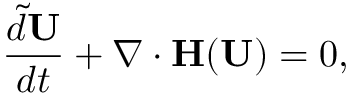
\frac { \tilde { d } \mathbf { U } } { d t } + \nabla \cdot \mathbf { H ( \mathbf { U } ) } = 0 ,